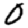
Digit: 0